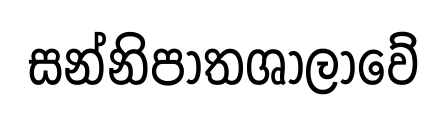
සන්නිපාතශාලාවේ